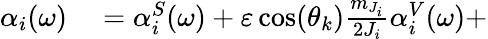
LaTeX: \begin{array}{rl}{\alpha_{i}(\omega)}&{{}=\alpha_{i}^{S}(\omega)+\varepsilon\cos(\theta_{k})\frac{m_{J_{i}}}{2J_{i}}\alpha_{i}^{V}(\omega)+}\end{array}